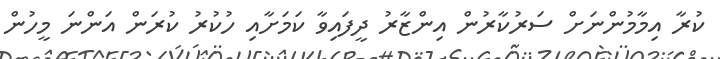
ކުރާ އިމާމުންނަށް ސަރުކާރުން އިންޒާރު ދީފައިވާ ކަމަށާއި ހުކުރު ކުރަން އަންނަ މީހުން